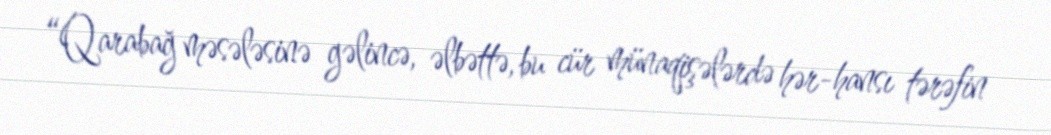
“Qarabağ məsələsinə gəlincə, əlbəttə, bu cür münaqişələrdə hər-hansı tərəfin